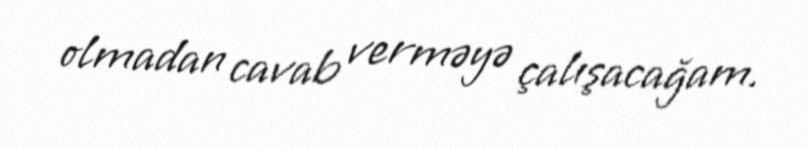
olmadan cavab verməyə çalışacağam.